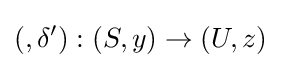
(,\delta '):(S,y)\to (U,z)